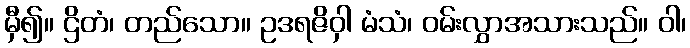
မှီ၍။ ဌိတံ၊ တည်သော။ ဥဒရဇိဝှါ မံသံ၊ ဝမ်းလွှာအသားသည်။ ဝါ၊